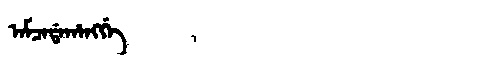
Manchu: ᠠᠮᠴᠠᡩᠠᡥᠠᠩᡤᡝ
Romanization: AMCADAHANGGE